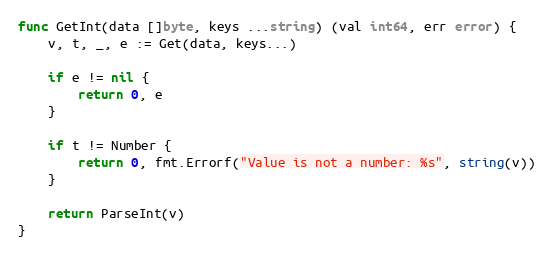
Language: Go
func GetInt(data []byte, keys ...string) (val int64, err error) {
	v, t, _, e := Get(data, keys...)

	if e != nil {
		return 0, e
	}

	if t != Number {
		return 0, fmt.Errorf("Value is not a number: %s", string(v))
	}

	return ParseInt(v)
}